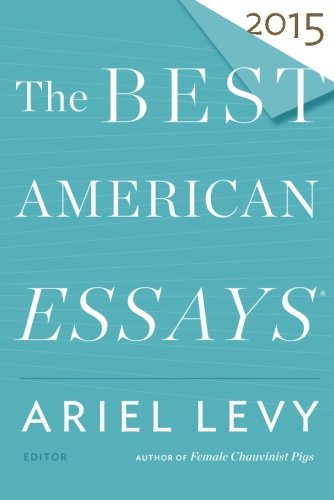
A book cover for The Best American Essays 2015; Literature & Fiction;